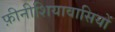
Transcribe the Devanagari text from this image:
फ़ीनीशियावासियों